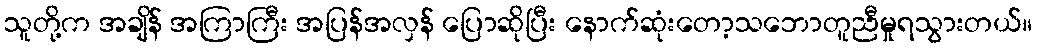
သူတို့က အချိန် အကြာကြီး အပြန်အလှန် ပြောဆိုပြီး နောက်ဆုံးတော့သဘောတူညီမှုရသွားတယ်။